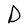
Character: D